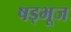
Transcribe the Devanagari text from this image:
षड्भूज